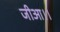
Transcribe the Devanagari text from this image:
जीआ।।